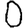
Digit: 0